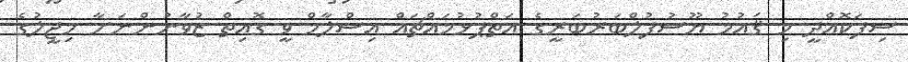
ސިފަކޮއްދީ މި ޤައުމު ޔޫސުފުލްބަރުބަރީގެ އަތްޕުޅުމައްޗައް އިސްލާމް ވީ ގޮއިތް ޒުވާނުންނަށާ މިޖީލުގެ